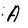
Character: A